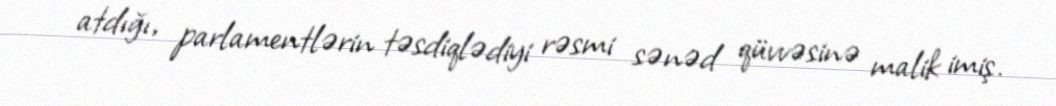
atdığı, parlamentlərin təsdiqlədiyi rəsmi sənəd qüvvəsinə malik imiş.